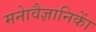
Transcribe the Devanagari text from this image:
मनाेवैज्ञानिकाें